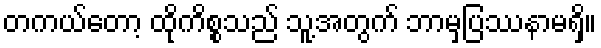
တကယ်တော့ ထိုကိစ္စသည် သူ့အတွက် ဘာမှပြဿနာမရှိ။